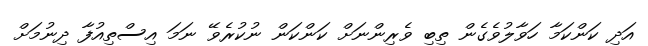
އަދި ކަންކަމާ ހަވާލުވެގެން ތިބި ވެރިންނަށް ކަންކަން ނުކުރެވޭ ނަމަ އިސްތިއުފާ ދިނުމަށް